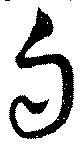
勾